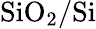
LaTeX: \textrm{SiO}_{2}/\textrm{Si}